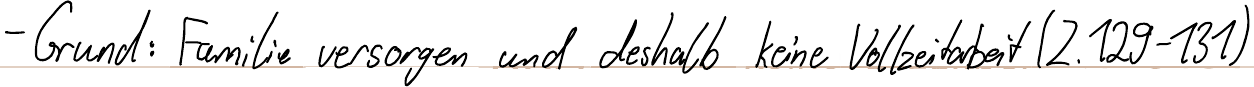
- Grund: Familie versorgen und deshalb keine Vollzeitarbeit (Z.129-131)